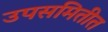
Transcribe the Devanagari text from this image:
उपसमितीत